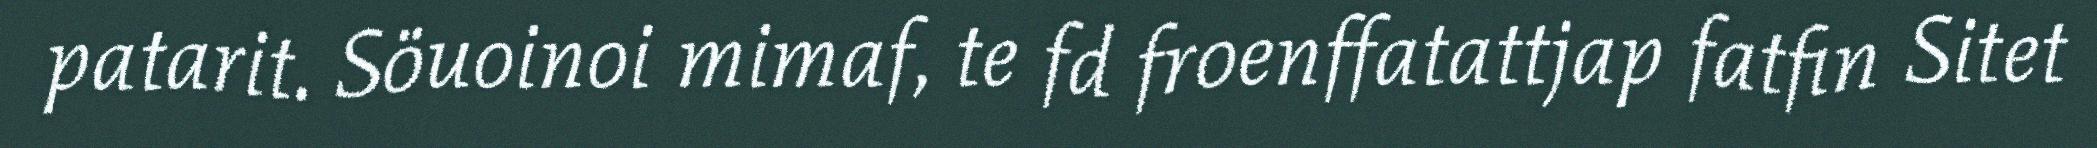
patarit. Söuoinoi mimaf, te fd froenffatattjap fatfin Sitet